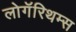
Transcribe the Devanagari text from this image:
लोगॅरिथम्स